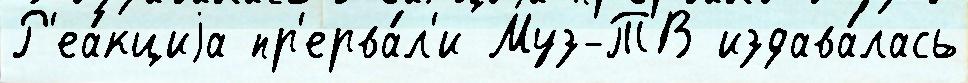
Р'еа́кциjа пр'ерва́л'и Муз-ТВ издава́лась